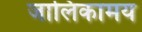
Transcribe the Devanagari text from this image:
जालिकामय